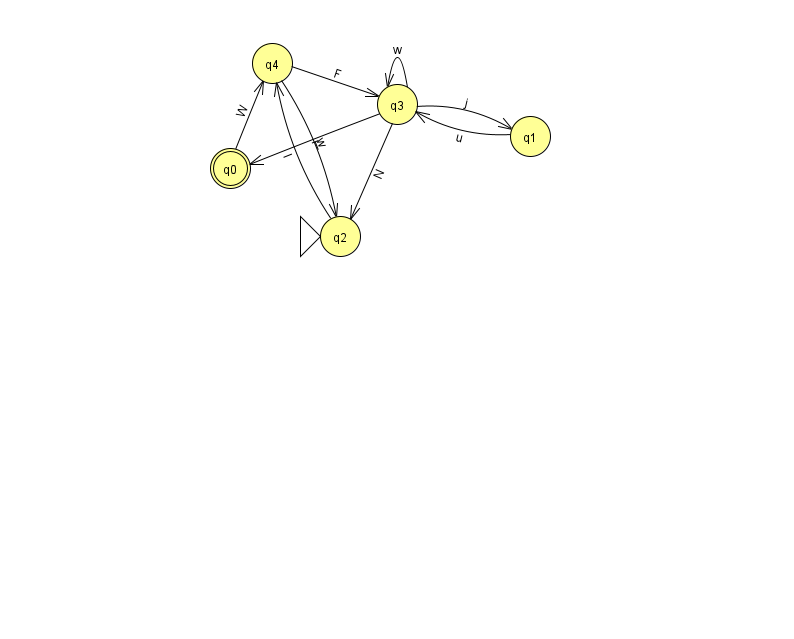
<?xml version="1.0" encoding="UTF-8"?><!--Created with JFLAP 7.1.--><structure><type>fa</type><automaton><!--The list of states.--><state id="0" name="q0"><x>230.0</x><y>155.0</y><final/></state><state id="1" name="q1"><x>530.0</x><y>123.0</y></state><state id="2" name="q2"><x>340.0</x><y>223.0</y><initial/></state><state id="3" name="q3"><x>397.0</x><y>91.0</y></state><state id="4" name="q4"><x>272.0</x><y>50.0</y></state><!--The list of transitions.--><transition><from>2</from><to>4</to><read>l</read></transition><transition><from>1</from><to>3</to><read>u</read></transition><transition><from>0</from><to>4</to><read>W</read></transition><transition><from>3</from><to>3</to><read>w</read></transition><transition><from>4</from><to>3</to><read>F</read></transition><transition><from>3</from><to>0</to><read>T</read></transition><transition><from>4</from><to>2</to><read>w</read></transition><transition><from>3</from><to>2</to><read>N</read></transition><transition><from>3</from><to>1</to><read>j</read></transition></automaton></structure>